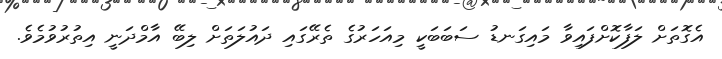
އެގޮތަށް ލަފާކޮށްފައިވާ މައިގަނޑު ސަބަބަކީ މިއަހަރުގެ ތެރޭގައި ދައުލަތަށް ލިބޭ އާމްދަނީ އިތުރުވުމެވެ.